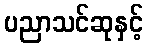
ပညာသင်ဆုနှင့်